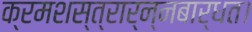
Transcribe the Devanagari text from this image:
क्रमशस्त्रार्न्नबार्धत।